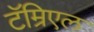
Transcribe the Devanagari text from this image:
टॅम्रिएल